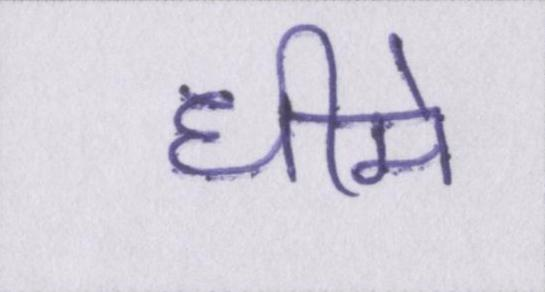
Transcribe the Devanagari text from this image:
धीमे